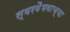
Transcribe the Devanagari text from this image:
स्वरवैभवाच्या